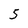
Character: 5